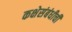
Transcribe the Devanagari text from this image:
कक्षेसंबंधीची